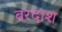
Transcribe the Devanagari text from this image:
बरदाश